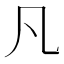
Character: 凡